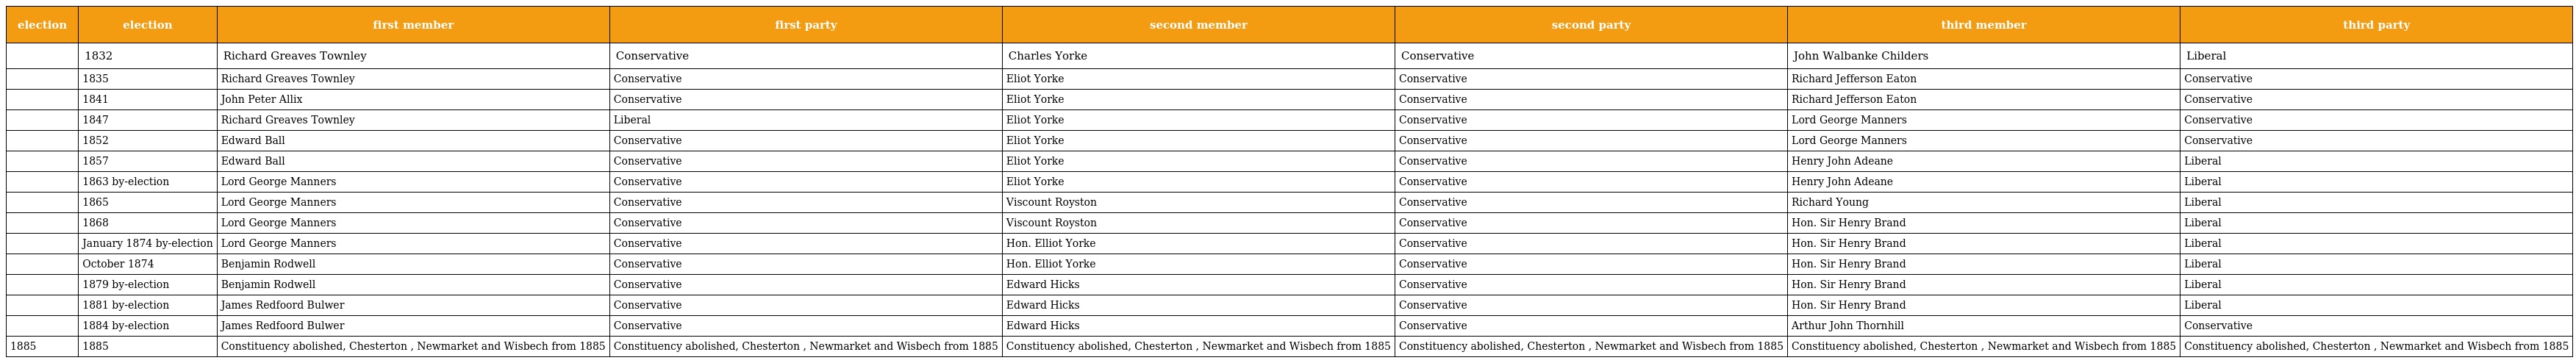
| election | election | first member | first party | second member | second party | third member | third party |
 | --- | --- | --- | --- | --- | --- | --- | --- |
 |  | 1832 | Richard Greaves Townley | Conservative | Charles Yorke | Conservative | John Walbanke Childers | Liberal |
 |  | 1835 | Richard Greaves Townley | Conservative | Eliot Yorke | Conservative | Richard Jefferson Eaton | Conservative |
 |  | 1841 | John Peter Allix | Conservative | Eliot Yorke | Conservative | Richard Jefferson Eaton | Conservative |
 |  | 1847 | Richard Greaves Townley | Liberal | Eliot Yorke | Conservative | Lord George Manners | Conservative |
 |  | 1852 | Edward Ball | Conservative | Eliot Yorke | Conservative | Lord George Manners | Conservative |
 |  | 1857 | Edward Ball | Conservative | Eliot Yorke | Conservative | Henry John Adeane | Liberal |
 |  | 1863 by-election | Lord George Manners | Conservative | Eliot Yorke | Conservative | Henry John Adeane | Liberal |
 |  | 1865 | Lord George Manners | Conservative | Viscount Royston | Conservative | Richard Young | Liberal |
 |  | 1868 | Lord George Manners | Conservative | Viscount Royston | Conservative | Hon. Sir Henry Brand | Liberal |
 |  | January 1874 by-election | Lord George Manners | Conservative | Hon. Elliot Yorke | Conservative | Hon. Sir Henry Brand | Liberal |
 |  | October 1874 | Benjamin Rodwell | Conservative | Hon. Elliot Yorke | Conservative | Hon. Sir Henry Brand | Liberal |
 |  | 1879 by-election | Benjamin Rodwell | Conservative | Edward Hicks | Conservative | Hon. Sir Henry Brand | Liberal |
 |  | 1881 by-election | James Redfoord Bulwer | Conservative | Edward Hicks | Conservative | Hon. Sir Henry Brand | Liberal |
 |  | 1884 by-election | James Redfoord Bulwer | Conservative | Edward Hicks | Conservative | Arthur John Thornhill | Conservative |
 | 1885 | 1885 | Constituency abolished, Chesterton , Newmarket and Wisbech from 1885 | Constituency abolished, Chesterton , Newmarket and Wisbech from 1885 | Constituency abolished, Chesterton , Newmarket and Wisbech from 1885 | Constituency abolished, Chesterton , Newmarket and Wisbech from 1885 | Constituency abolished, Chesterton , Newmarket and Wisbech from 1885 | Constituency abolished, Chesterton , Newmarket and Wisbech from 1885 |